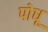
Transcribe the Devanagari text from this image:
पोधू